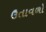
ઉતાવળો